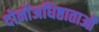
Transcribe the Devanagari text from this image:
दोनोंअधिष्ठाताओं